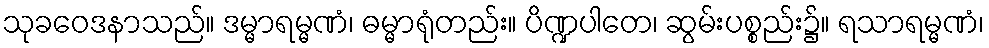
သုခဝေဒနာသည်။ ဒမ္မာရမ္မဏံ၊ ဓမ္မာရုံတည်း။ ပိဏ္ဍပါတေ၊ ဆွမ်းပစ္စည်း၌။ ရသာရမ္မဏံ၊